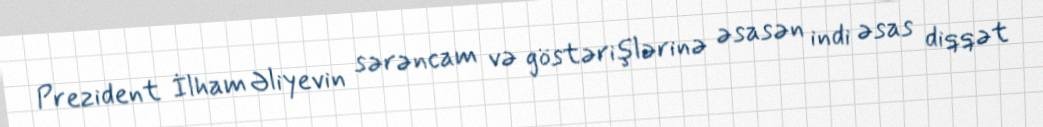
Prezident İlham Əliyevin sərəncam və göstərişlərinə əsasən indi əsas diqqət